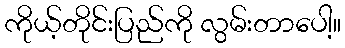
ကိုယ့်တိုင်းပြည်ကို လွမ်းတာပေါ့။